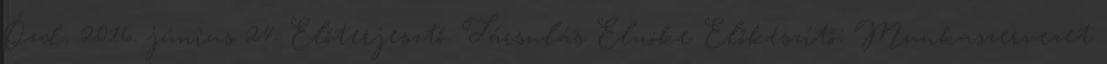
Ózd, 2016. június 24. Előterjesztő: Társulás Elnöke Előkészítő: Munkaszervezet